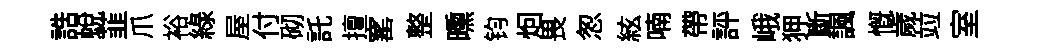
誥蜕韮爪裕綠屋付砌託擅窰整曛钧𤇆畏怱絃喃帶評峨狎斷諷慨歲竝室